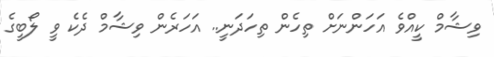
ވިޝާމް ކީއްވެ އަހަންނަށް ތިހެން ތިހަދަނީ.. އަހަރެން ވިޝާމް ދެކެ ވީ ލޯބީގެ